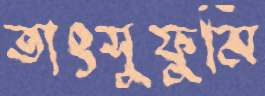
তাৎসুফুমি